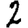
Digit: 2